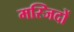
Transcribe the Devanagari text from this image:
मस्‍जिदों